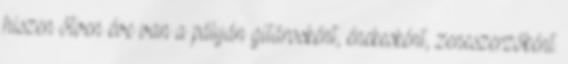
hiszen ötven éve van a pályán gitárosként, énekesként, zeneszerzőként.